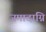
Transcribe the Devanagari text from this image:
जमादाग्नि